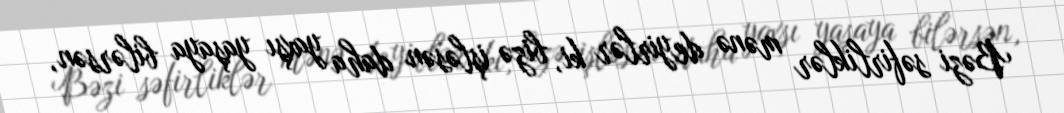
Bəzi səfirliklər mənə deyirlər ki, bizə işləsən daha yaxşı yaşaya bilərsən,